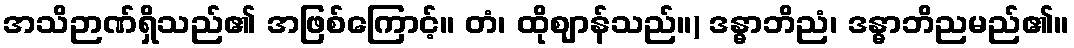
အသိဉာဏ်ရှိသည်၏ အဖြစ်ကြောင့်။ တံ၊ ထိုဈာန်သည်။) ဒန္ဓာဘိညံ၊ ဒန္ဓာဘိညမည်၏။